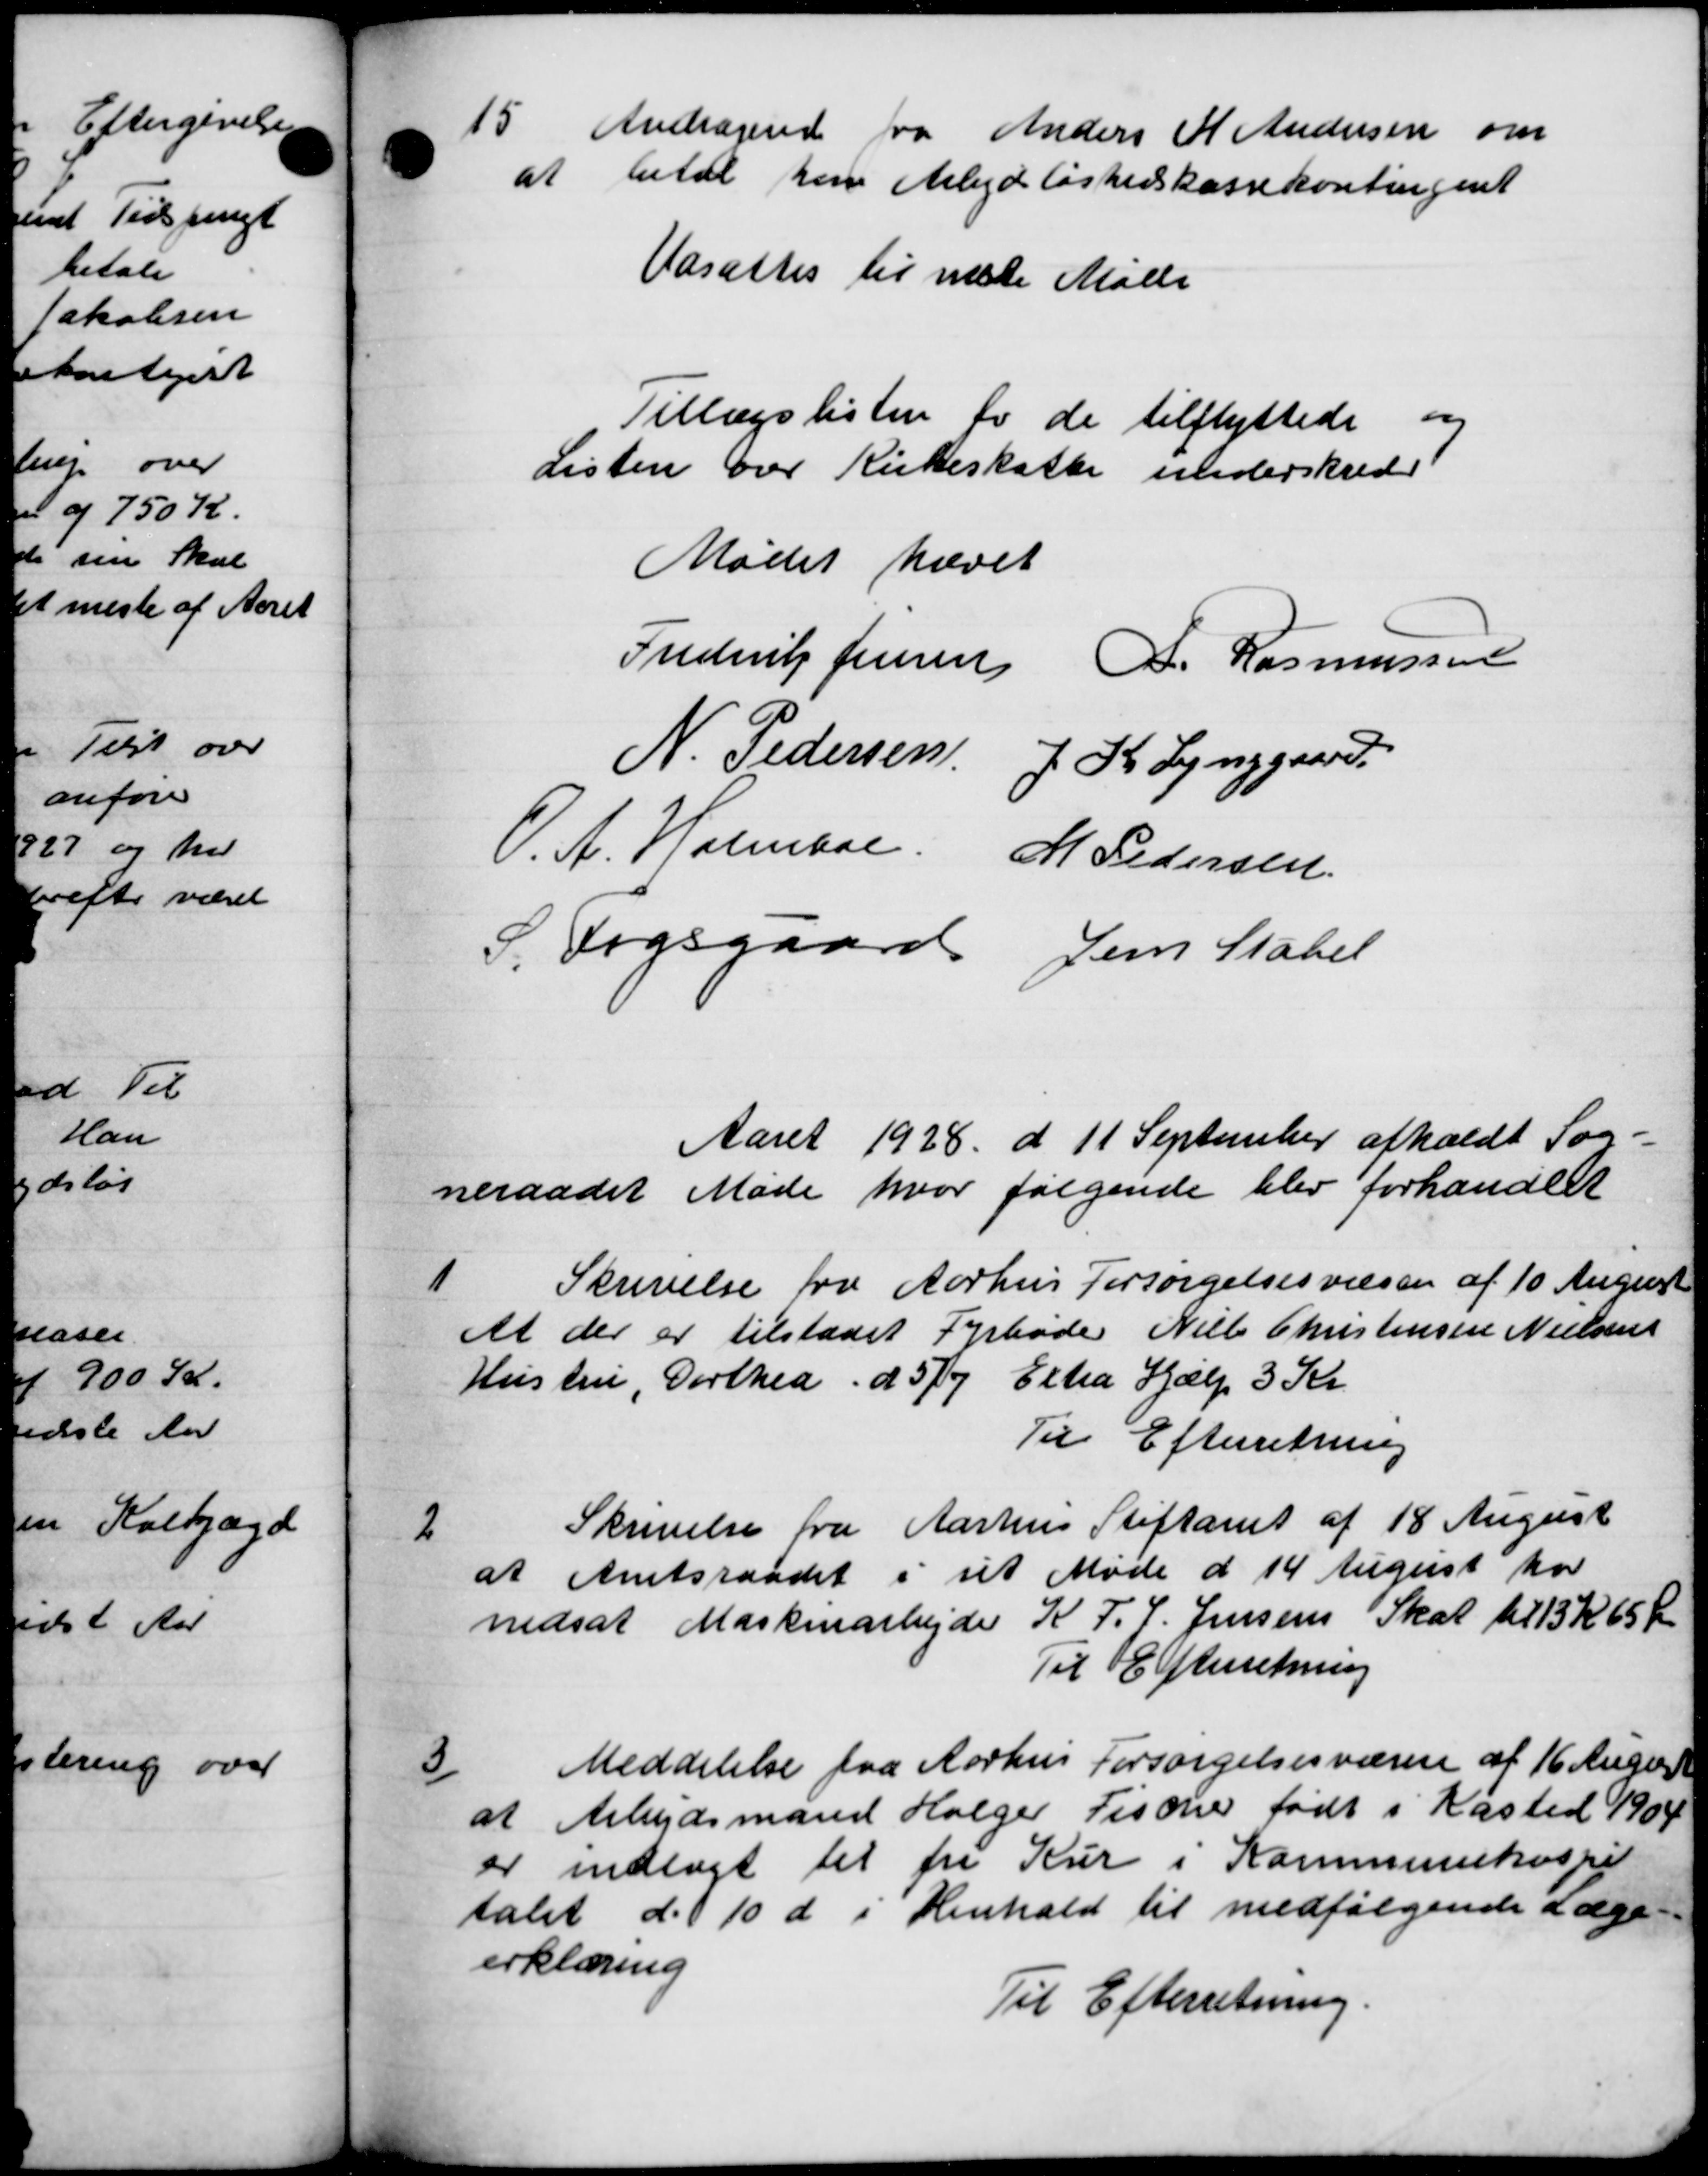
Transskription:
15.
Andragende fra Anders K Andersen om
at betal kan Arbejdsløshedskassekontingent
Udsattes til næste Møde
Tillægslisten for de tilflyttede og
Listen over Kirkeskatte underskreve
Mødet hævet
Frederik Jensen A. Rasmussen
N. Pedersen J. K. Lynggaard
O. A. Holmbre. M Pedersen
S. Fogsgaard Jens Stabel
Aaret 1928 d. 11 September afholdt Sog-
neraadet Møde hvor følgende blev forhandlet
1
Skrivelse fra Aarhus Forsørgelsesvæsen af 10 August
At der er tilstaaet Fyrbøder Niels Christensen Nielsens
Hustru, Dorthea d. 5/7 Extra Hjælp 3 Kr.
Til Efterretning
2
Skrivelse fra Aarhus Stiftamt af 18 August
at Amtsraadet i sit Møde d 14 August ho
nedsat Maskinarbejder K. F. P. Jensens Skat til 13 K 65 Ør
Til Efterretning
3
Meddelelse fra Aarhus Forsørgelsesvæsen af 16 August
at Arbejdsmand Holger Fischer født i Kasted 1904
er indlagt til fra Kur i Kommunehospi
talet d. 10 d i Henhold til medfølgende Læge
erklæring
Til Efterretning